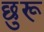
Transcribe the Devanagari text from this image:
छुरू